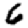
Digit: 6